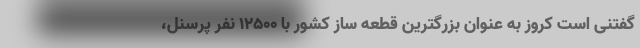
گفتنی است کروز به عنوان بزرگترین قطعه ساز کشور با ۱۲۵۰۰ نفر پرسنل،